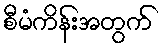
စီမံကိန်းအတွက်